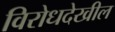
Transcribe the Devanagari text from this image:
विरोधदेखील